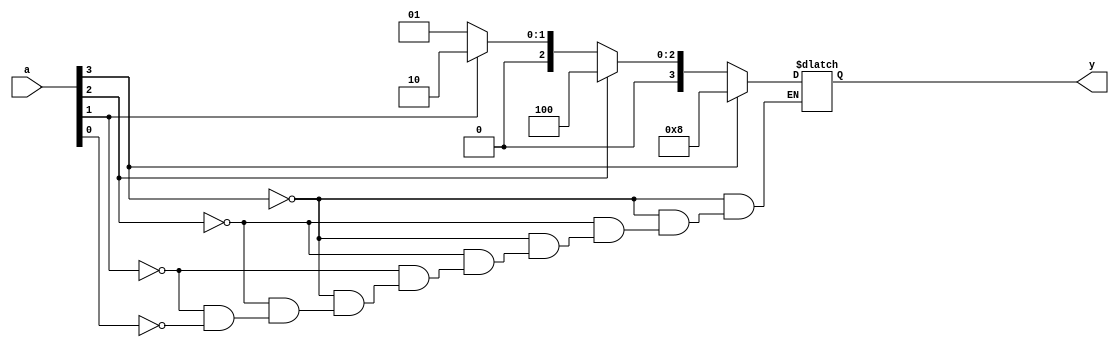
`timescale 1ns / 1ps

module priority(input [3:0] a,
output reg [3:0] y);
always @(a)
if (a[3]) y = 4'b1000;
else if (a[2]) y = 4'b0100;
else if (a[1]) y = 4'b0010;
else if (a[0]) y = 4'b0001;
endmodule